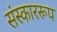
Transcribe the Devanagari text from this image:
संस्काररूप